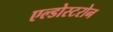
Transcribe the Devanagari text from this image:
एल्डोस्टरोन